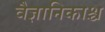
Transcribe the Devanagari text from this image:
वैज्ञानिकाश्च